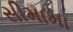
સીમામા